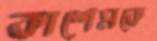
কাশেমকে